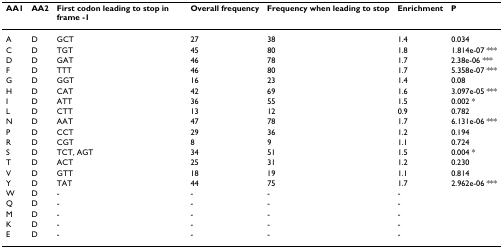
| AA1 | AA2 | First codon leading to stop in frame -1 | Overall frequency | Frequency when leading to stop | Enrichment | P |
 | --- | --- | --- | --- | --- | --- | --- |
 | A | D | GCT | 27 | 38 | 1.4 | 0.034 |
 | C | D | TGT | 45 | 80 | 1.8 | 1.814e-07 *** |
 | D | D | GAT | 46 | 78 | 1.7 | 2.38e-06 *** |
 | F | D | TTT | 46 | 80 | 1.7 | 5.358e-07 *** |
 | G | D | GGT | 16 | 23 | 1.4 | 0.08 |
 | H | D | CAT | 42 | 69 | 1.6 | 3.097e-05 *** |
 | I | D | ATT | 36 | 55 | 1.5 | 0.002 * |
 | L | D | CTT | 13 | 12 | 0.9 | 0.782 |
 | N | D | AAT | 47 | 78 | 1.7 | 6.131e-06 *** |
 | P | D | CCT | 29 | 36 | 1.2 | 0.194 |
 | R | D | CGT | 8 | 9 | 1.1 | 0.724 |
 | S | D | TCT, AGT | 34 | 51 | 1.5 | 0.004 * |
 | T | D | ACT | 25 | 31 | 1.2 | 0.230 |
 | V | D | GTT | 18 | 19 | 1.1 | 0.814 |
 | Y | D | TAT | 44 | 75 | 1.7 | 2.962e-06 *** |
 | W | D | - | - | - | - |  |
 | Q | D | - | - | - | - |  |
 | M | D | - | - | - | - |  |
 | K | D | - | - | - | - |  |
 | E | D | - | - | - | - |  |